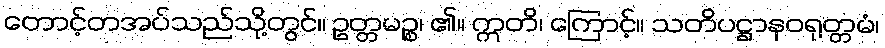
တောင့်တအပ်သည်သို့တွင်။ ဥတ္တမဉ္စ၊ ၏။ ဣတိ၊ ကြောင့်။ သတိပဋ္ဌာနဝရုတ္တမံ၊